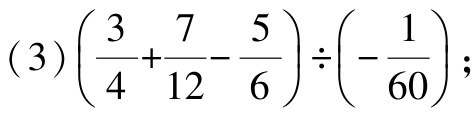
(3)$\left(\dfrac{3}{4}+\dfrac{7}{12}-\dfrac{5}{6}\right)\div\left(-\dfrac{1}{60}\right)$;